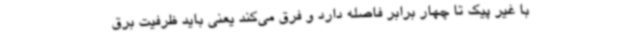
با غیر پیک تا چهار برابر فاصله دارد و فرق می‌کند یعنی باید ظرفیت برق